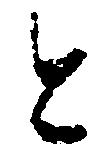
と